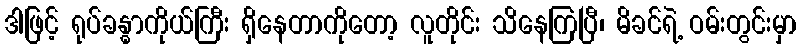
ဒါဖြင့် ရုပ်ခန္ဓာကိုယ်ကြီး ရှိနေတာကိုတော့ လူတိုင်း သိနေကြပြီ၊ မိခင်ရဲ့ ဝမ်းတွင်းမှာ